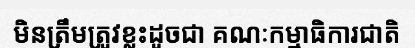
មិនត្រឹមត្រូវខ្លះដូចជា គណៈកម្មាធិការជាតិ